Annual report on the working of the Harcourt Butler Institute of Public Health, Rangoon
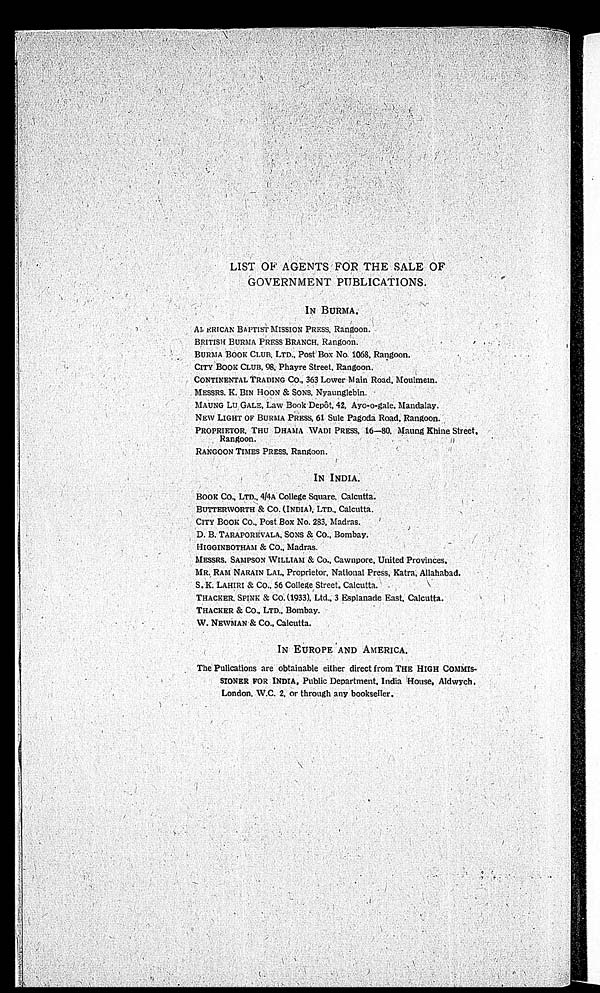
LIST OF AGENTS FOR THE SALE OF
GOVERNMENT PUBLICATIONS.
IN BURMA.
AMERICAN BAPTIST MISSION PRESS, Rangoon.
BRITISH BURMA PRESS BRANCH, Rangoon.
BURMA BOOK CLUB, LTD., Post Box No. 1068, Rangoon.
CITY BOOK CLUB, 98, Phayre Street, Rangoon.
CONTINENTAL TRADING CO., 363 Lower Main Road, Moulmein.
MESSRS. K. BIN HOON & SONS, Nyaunglebin.
MAUNG LU GALE, Law Book Depôt, 42, Ayo-o-gale, Mandalay.
NEW LIGHT OF BURMA PRESS, 61 Sule Pagoda Road, Rangoon.
PROPRIETOR, THU DHAMA WADI PRESS, 16—80, Maung Khine Street,
Rangoon.
RANGOON TIMES PRESS, Rangoon.
IN INDIA.
BOOK CO., LTD., 4/4A College Square, Calcutta.
BUTTERWORTH & CO. (INDIA), LTD., Calcutta.
CITY BOOK Co., Post Box No. 283, Madras.
D. B. TARAPOREVALA, SONS & Co., Bombay.
HIGGINBOTHAM & CO., Madras.
MESSRS. SAMPSON WILLIAM & Co., Cawnpore, United Provinces.
MR. RAM NARAIN LAL, Proprietor, National Press, Katra, Allahabad.
S. K. LAHIRI & CO., 56 College Street. Calcutta.
THACKER. SPINE & CO. (1933), Ltd., 3 Esplanade East, Calcutta.
THACKER & CO., LTD., Bombay.
W. NEWMAN & CO., Calcutta.
IN EUROPE AND AMERICA.
The Pulications are obtainable either direct from THE HIGH COMMIS
-SIONER FOR INDIA, Public Department, India House, Aldwych,
London, W.C. 2, or through any bookseller.